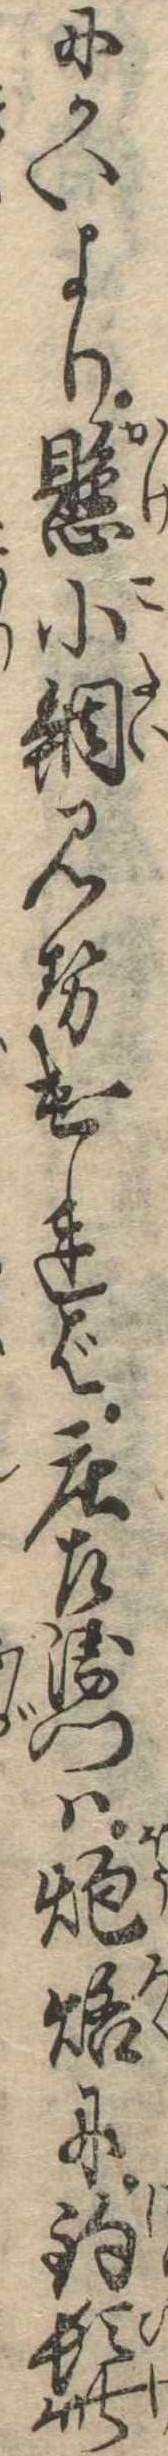
にかいより懸小鯛見せければ荘左衛門は炮烙に釣髭